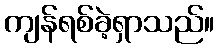
ကျန်ရစ်ခဲ့ရှာသည်။